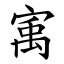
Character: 㝢